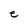
Character: e